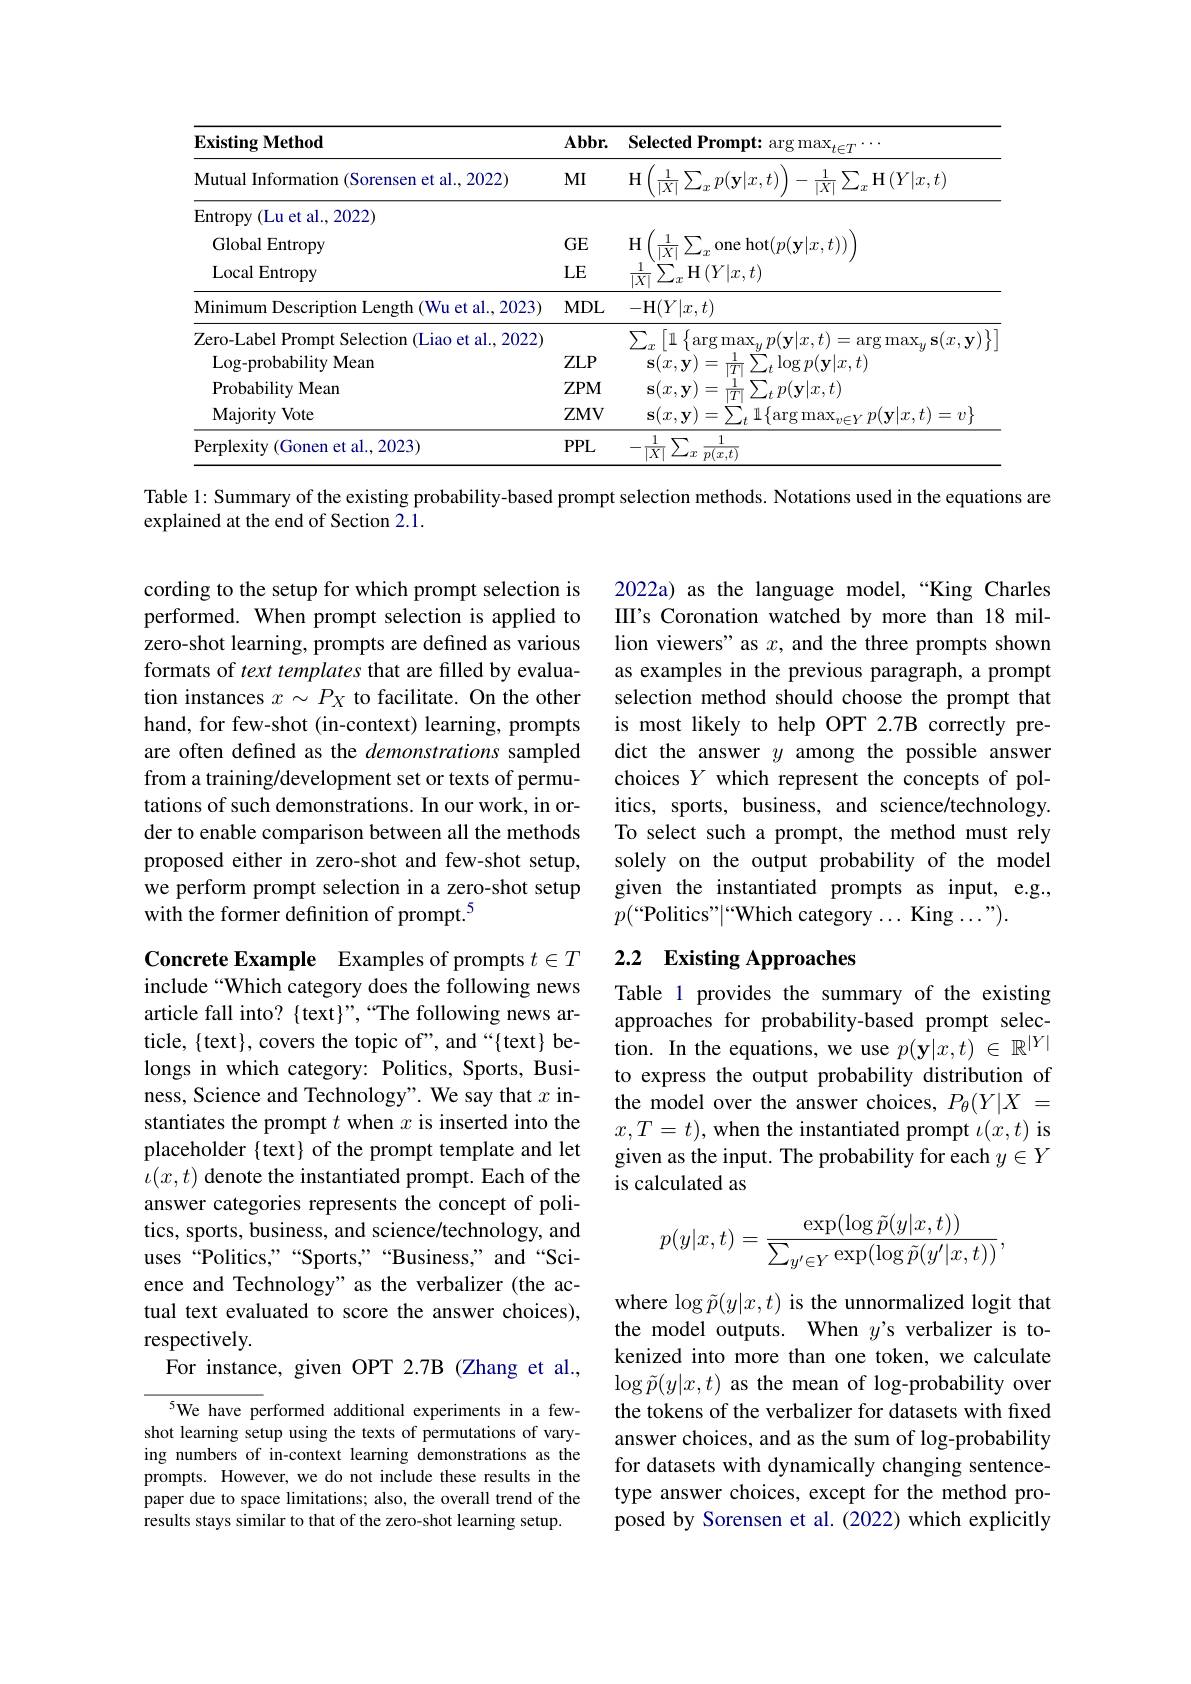
<table>
	<tbody>
		<tr>
			<th>$\mathbf{ExistingMethod}$</th>
			<th>$Abbr.$</th>
			<th>Selected Prompt: arg max$_t\in T$ $r^{*}\cdot\cdot$</th>
		</tr>
		<tr>
			<td>Mutual Information (Sorensen et al., 2022)</td>
			<td>$MI$</td>
			<td>$H$ $\left(\frac{1}{|X|}\sum_{x}p(\mathbf{y}|x,t)\right)-\frac{1}{|X|}\sum_{x}\mathbf{H}\left(Y|x,t\right)$</td>
		</tr>
		<tr>
			<td>Entropy ( Lu et al. , 2022) </td>
			<td> </td>
			<td> </td>
		</tr>
		<tr>
			<td>Global Entropy</td>
			<td>$GE$</td>
			<td>$\frac{1}{|X|}\sum_{z}$ H one hot$(p(\mathbf{y}|x,t))$</td>
		</tr>
		<tr>
			<td>Local Entropy</td>
			<td>LE</td>
			<td>$\frac{1}{|X|}\sum_{x}$H$\left(Y|x,t\right)$</td>
		</tr>
		<tr>
			<td>Minimum Description Length (Wu et al., 2023)</td>
			<td>$MDL$</td>
			<td>-H$(Y|x,t)$</td>
		</tr>
		<tr>
			<td>Zero-Label Prompt Selection (Liao et al., 2022)</td>
			<td> </td>
			<td>$\sum_{r}\left[1\right\}_{\mathrm{arg}}\operatorname*{max}_{n}$ $\eta(\mathbf{v}|x.t)$ $\arg \max _{\mathrm{s} }\mathbf{s} ( x, \mathbf{v} ) \}$</td>
		</tr>
		<tr>
			<td>Log- probability Mean</td>
			<td>$ZLP$</td>
			<td>$\mathbf{s}(x,\mathbf{y})=\frac{1}{|T|}\sum_{t}\log p(\mathbf{y}|x,t)$</td>
		</tr>
		<tr>
			<td>Probability Mean</td>
			<td>$ZPM$</td>
			<td>$\mathbf{s}(x,\mathbf{y})=\frac{1}{|T|}\sum_{t}p(\mathbf{y}|x,t)$</td>
		</tr>
		<tr>
			<td>Majority Vote</td>
			<td>$ZMV$</td>
			<td>$\mathbf{s}(x,\mathbf{y})=\sum_{t}1\{\arg\max_{v\in Y}p(\mathbf{y}|x,t)=v\}$</td>
		</tr>
		<tr>
			<td>Perplexity ${\mathrm{y}}\left({\mathrm{Gonen~et~al.,2023}}\right)$</td>
			<td>$PPL$</td>
			<td>$-\frac{1}{|X|}\sum_{x}$ 1 $:{\overline{p(x,t)}}$</td>
		</tr>
	</tbody>
</table>

Table 1: Summary of the existing probability-based prompt selection methods. Notations used in the equations are
explained at the end of Section 2.1.

2022a) as the language model,“King Charles II's Coronation watched by more than 18 million viewers" as $x$, and the three prompts shown as examples in the previous paragraph, a prompt selection method should choose the prompt that is most likely to help OPT 2.7B correctly predict the answer $y$ among the possible answer choices $Y$ which represent the concepts of politics, sports, business, and science/technology. To select such a prompt, the method must rely solely on the output probability of the model given the instantiated prompts as input, e.g., $p($“Politics"|“Which category...King...”).

cording to the setup for which prompt selection is performed. When prompt selection is applied to zero-shot learning, prompts are defined as various formats of text templates that are filled by evaluation instances $x\sim P_X$ to facilitate. On the other hand, for few-shot (in-context) learning, prompts are often defined as the demonstrations sampled from a training/development set or texts of permutations of such demonstrations. In our work, in order to enable comparison between all the methods proposed either in zero-shot and few-shot setup, we perform prompt selection in a zero-shot setup with the former definition of prompt.$^5$

# 2.2 Existing Approaches

Table 1 provides the summary of the existing approaches for probability-based prompt selection. In the equations, we use $p(\mathbf{y}|x,t)\in\mathbb{R}^|Y|$ to express the output probability distribution of the model over the answer choices, $P_\theta(Y|X_{-})$ $x,T=t)$, when the instantiated prompt $\iota(x,t)$ is given as the input. The probability for each $y\in Y$ is calculated as

Concrete Example Examples of prompts $t\in T$ include “Which category does the following news article fall into? $\{$text$\}”,“$The following news article, $\{$text$\}$, covers the topic of", and “{text} belongs in which category: Politics, Sports, Business, Science and Technology". We say that $x$ instantiates the prompt $t$ when $x$ is inserted into the placeholder {text} of the prompt template and let $\iota(x,t)$ denote the instantiated prompt. Each of the answer categories represents the concept of politics, sports, business, and science/technology, and uses “Politics,”“Sports,”“Business" and“Science and Technology" as the verbalizer (the actual text evaluated to score the answer choices), respectively.
For instance, given OPT 2.7B (Zhang et al.,
$$p(y|x,t)=\frac{\exp(\log\tilde{p}(y|x,t))}{\sum_{y'\in Y}\exp(\log\tilde{p}(y'|x,t))},$$
where $\log\tilde{p}(y|x,t)$ is the unnormalized logit that the model outputs. When $y$'s verbalizer is tokenized into more than one token, we calculate $\log\tilde{p}(y|x,t)$ as the mean of log-probability over the tokens of the verbalizer for datasets with fixed answer choices, and as the sum of log-probability for datasets with dynamically changing sentencetype answer choices, except for the method proposed by Sorensen et al.(2022) which explicitly

5We have performed additional experiments in a fewshot learning setup using the texts of permutations of varying numbers of in-context learning demonstrations as the prompts. However, we do not include these results in the paper due to space limitations; also, the overall trend of the results stays similar to that of the zero-shot learning setup.